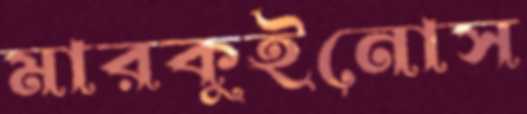
মারকুইনোস